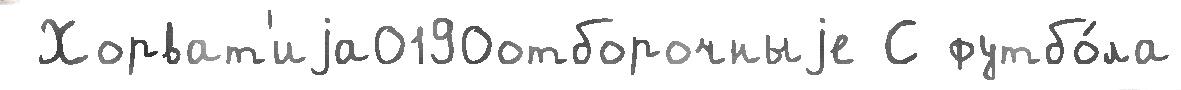
 Хорват'иjа0190отборочныjе С футбо́ла